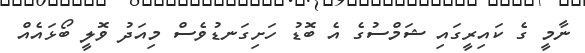
ނާމީ ގެ ކައިރީގައި ޝަމްސުގެ އެ ބޮޑު ހަށިގަނޑުވެސް މިއަދު ވޮލީ ބޯޅައެއް